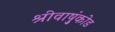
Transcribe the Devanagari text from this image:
श्रीवाष़ुंकोड